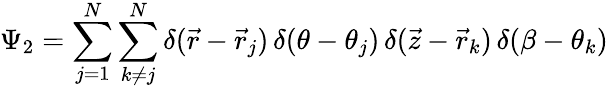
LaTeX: \Psi_{2}=\sum_{j=1}^{N}\sum_{k\neq j}^{N}\delta(\vec{r}-\vec{r}_{j})\, \delta(\theta-\theta_{j})\, \delta(\vec{z}-\vec{r}_{k})\, \delta(\beta-\theta_{k})